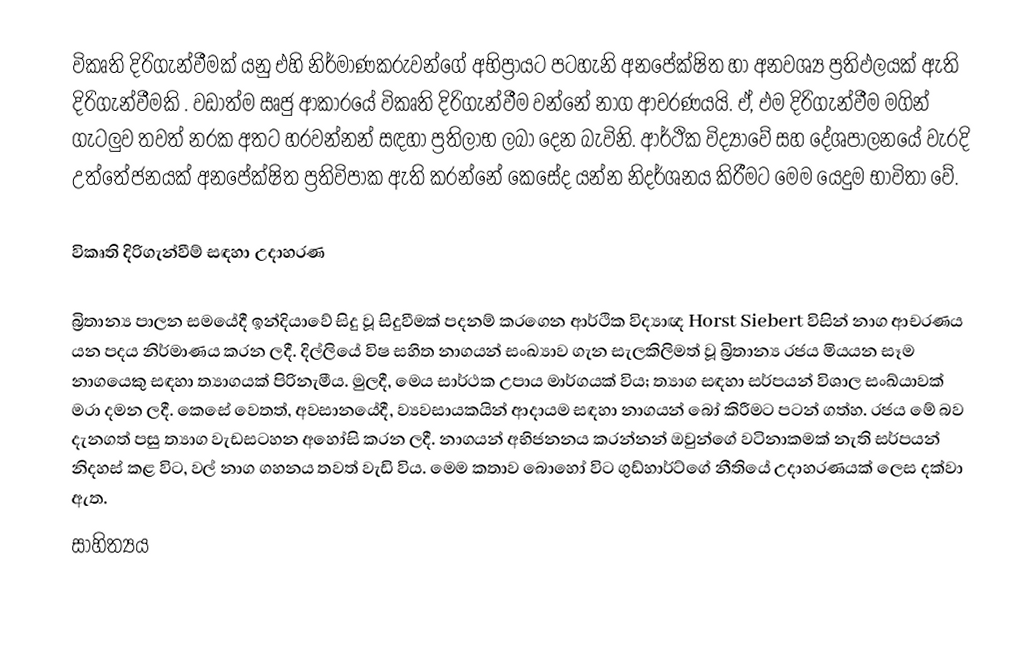
විකෘති දිරිගැන්වීමක් යනු එහි නිර්මාණකරුවන්ගේ අභිප්‍රායට පටහැනි අනපේක්ෂිත හා අනවශ්‍ය ප්‍රතිඵලයක් ඇති දිරිගැන්වීමකි . වඩාත්ම ඍජු ආකාරයේ විකෘති දිරිගැන්වීම වන්නේ නාග ආචරණයයි. ඒ, එම දිරිගැන්වීම මගින් ගැටලුව තවත් නරක අතට හරවන්නන් සඳහා ප්‍රතිලාභ ලබා දෙන බැවිනි.   ආර්ථික විද්‍යාවේ සහ දේශපාලනයේ වැරදි උත්තේජනයක් අනපේක්ෂිත ප්‍රතිවිපාක ඇති කරන්නේ කෙසේද යන්න නිදර්ශනය කිරීමට මෙම යෙදුම භාවිතා වේ.

විකෘති දිරිගැන්වීම් සඳහා උදාහරණ

බ්‍රිතාන්‍ය පාලන සමයේදී ඉන්දියාවේ සිදු වූ සිදුවීමක් පදනම් කරගෙන ආර්ථික විද්‍යාඥ Horst Siebert විසින් නාග ආචරණය යන පදය නිර්මාණය කරන ලදී.    දිල්ලියේ විෂ සහිත නාගයන් සංඛ්‍යාව ගැන සැලකිලිමත් වූ බ්‍රිතාන්‍ය රජය මියයන සෑම නාගයෙකු සඳහා ත්‍යාගයක් පිරිනැමීය. මුලදී, මෙය සාර්ථක උපාය මාර්ගයක් විය; ත්‍යාග සඳහා සර්පයන් විශාල සංඛ්යාවක් මරා දමන ලදී. කෙසේ වෙතත්, අවසානයේදී, ව්‍යවසායකයින් ආදායම සඳහා නාගයන් බෝ කිරීමට පටන් ගත්හ. රජය මේ බව දැනගත් පසු ත්‍යාග වැඩසටහන අහෝසි කරන ලදී. නාගයන් අභිජනනය කරන්නන් ඔවුන්ගේ වටිනාකමක් නැති සර්පයන් නිදහස් කළ විට, වල් නාග ගහනය තවත් වැඩි විය.  මෙම කතාව බොහෝ විට ගුඩ්හාර්ට්ගේ නීතියේ උදාහරණයක් ලෙස දක්වා ඇත.
සාහිත්‍යය